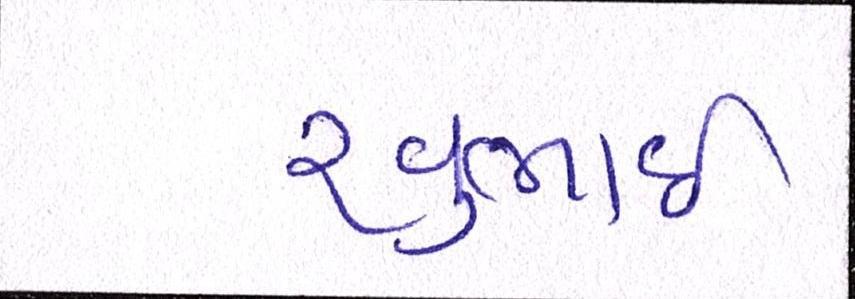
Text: રવુભાઇ